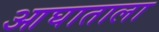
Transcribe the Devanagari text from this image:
आघाताला